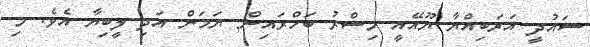
ސައުދީ އަރަބިއްޔާ ޔޫއޭއީ މިސްރު ބަހްރައިން